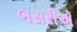
બસરીએ